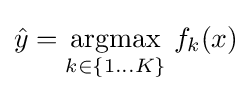
{\hat {y}}={\underset {k\in \{1\ldots K\}}{\arg \!\max }}\;f_{k}(x)